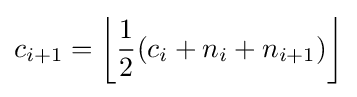
c_{i+1}=\left\lfloor {\frac {1}{2}}(c_{i}+n_{i}+n_{i+1})\right\rfloor